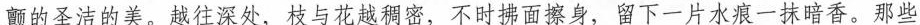
颤的圣洁的美。越往深处，枝与花越稠密，不时拂面擦身，留下一片水痕一抹暗香。那些